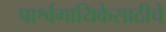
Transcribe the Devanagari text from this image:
पार्श्वगायिकेसाठीचे